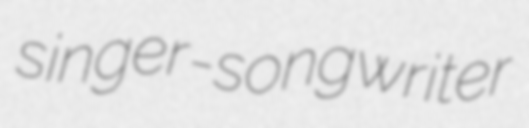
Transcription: singer-songwriter